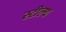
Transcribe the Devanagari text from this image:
स्‍टील्‍थ